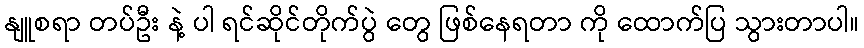
နျူစရာ တပ်ဦး နဲ့ ပါ ရင်ဆိုင်တိုက်ပွဲ တွေ ဖြစ်နေရတာ ကို ထောက်ပြ သွားတာပါ။